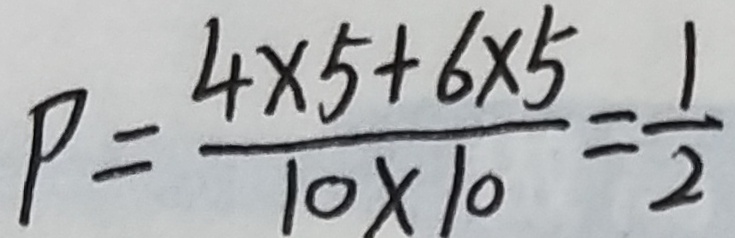
P = \frac { 4 \times 5 + 6 \times 5 } { 1 0 \times 1 0 } = \frac { 1 } { 2 }